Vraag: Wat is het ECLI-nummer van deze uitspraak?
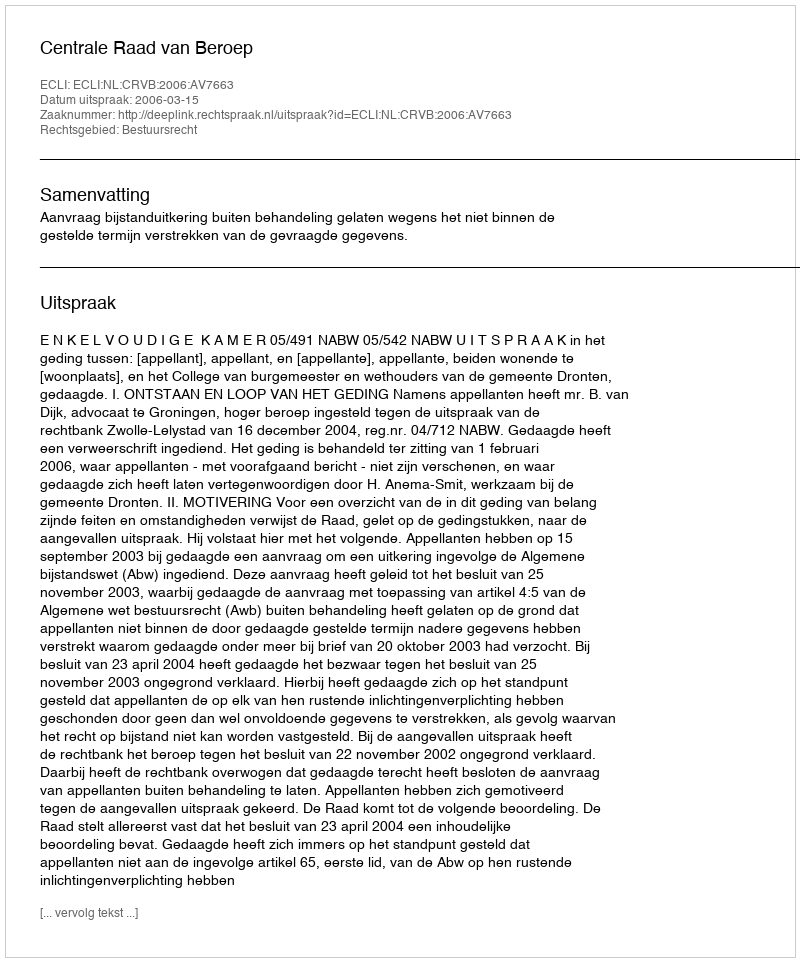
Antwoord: ECLI:NL:CRVB:2006:AV7663